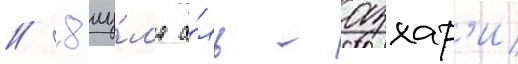
/ 8 иу́л'я а́ль-азхар'и